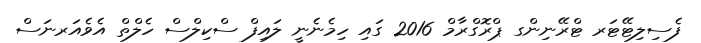
ފެސިލިޓޭޓަރ ޓްރޭނިންގ ޕްރޮގްރާމް 2016 ގައި ހިމެނެނީ ލައިފް ސްކިލްސް ހެލްތް އެވެއަރނަސް